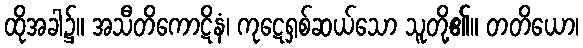
ထိုအခါ၌။ အသီတိကောဋိနံ၊ ကုဋေရှစ်ဆယ်သော သူတို့၏။ တတိယော၊